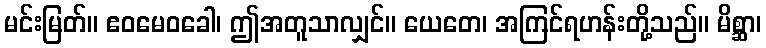
မင်းမြတ်။ ဧဝမေဝခေါ၊ ဤအတူသာလျှင်။ ယေတေ၊ အကြင်ရဟန်းတို့သည်။ မိစ္ဆာ၊